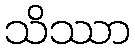
သိဿာ